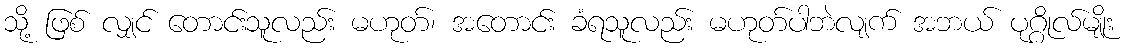
သို့ ဖြစ် လျှင် တောင်းသူလည်း မဟုတ်၊ အတောင်း ခံရသူလည်း မဟုတ်ပါဘဲလျက် အဘယ် ပုဂ္ဂိုလ်မျိုး